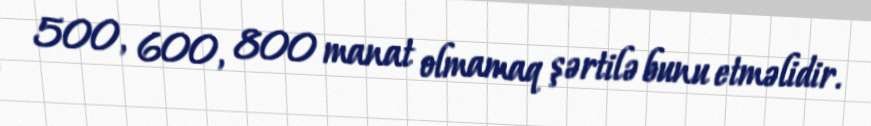
500, 600, 800 manat olmamaq şərtilə bunu etməlidir.